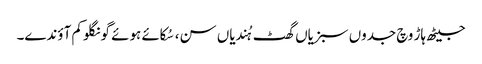
جیٹھ ہاڑ وچ جدوں سبزیاں گھٹ ہُندیاں سن، سُکائے ہوئے گونگلو کم آؤندے۔